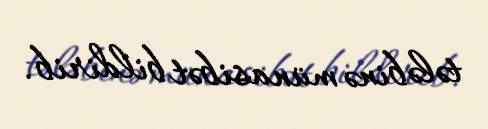
tələbinə münasibət bildirib.